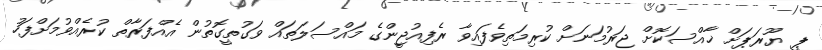
ޕީ ޔޫރަޕަށް ޚާއްސަކޮށް ޖަރުމަނަށް ކުރިމަތިވެފައިވާ ރެފިއުޖީންގެ މައްސަލަތައް ވަގުތީގޮތުން އެއްފަރާތް ކުރެއްވުމަށްފަހު